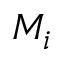
M _ { i }